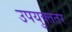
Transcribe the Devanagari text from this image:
उपयुक्ततर